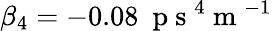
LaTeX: \beta_{4}=-0.08~\mathrm{~p~s~}^{4}\mathrm{~m~}^{-1}